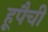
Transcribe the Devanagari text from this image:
हूपैची